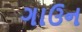
ગાઉન